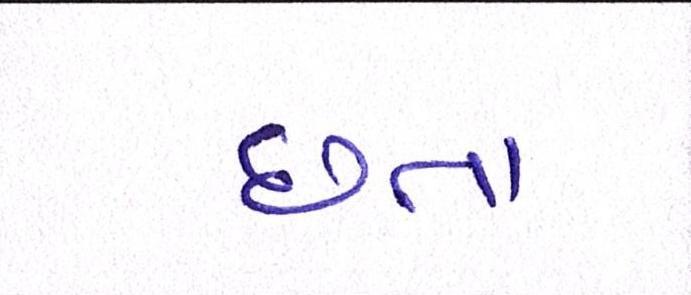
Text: છતાં